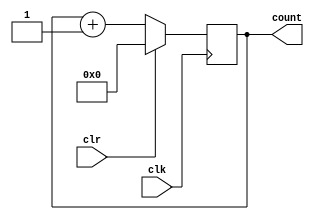
// N-bit counter - Behavioural Model
//----------------------------------
// Type : module
// Contact : mathewtg.mec@gmail.com
//------------------
//------------------
// Notes :-
//
module counter_N (clr, clk, count);
parameter N=5;
input clk,clr;
output [0:N]count; reg [0:N]count; // Only reg type on the LHS of 'always'
                                   // Since old value may need to be stored
always @(negedge clk)
	if (clr)
		count <= 0;
	else
		count <= count+1;
endmodule